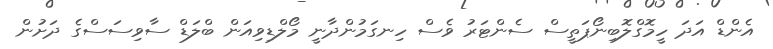
އެންޑް އަދަ ހީމޮގްލޮބިނޯޕަތީސް ސެންޓަރު ވެސް ހިނގަމުންދާނީ މޯލްޑިވިއަން ބްލަޑް ސާވިސަސްގެ ދަށުން